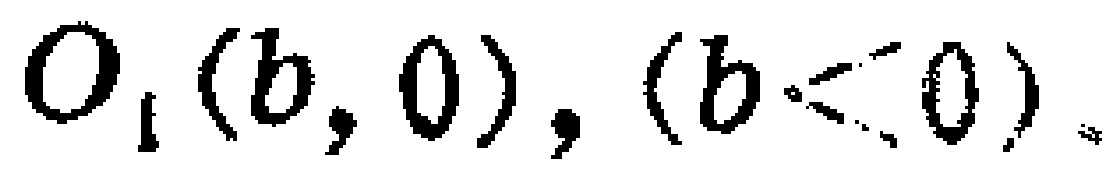
$O_{1}(b,0),(b<0)$